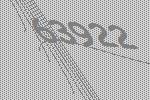
63922